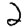
Digit: 2